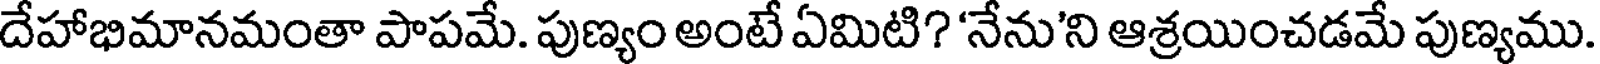
దేహాభిమానమంతా పాపమే. పుణ్యం అంటే ఏమిటి? 'నేను'ని ఆశ్రయించడమే పుణ్యము